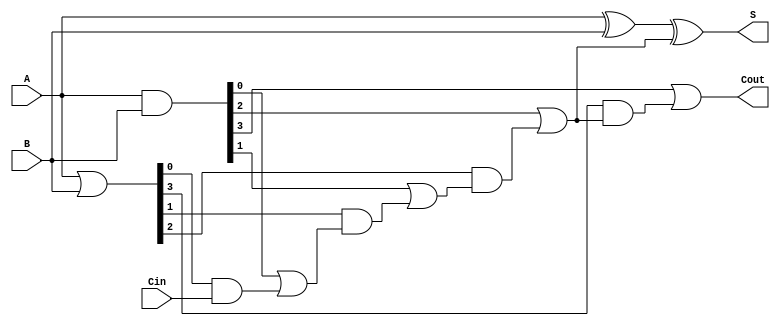
module CarryLookaheadAdder #(parameter n = 4) (
    input  [n-1:0] A,      // First n-bit input
    input  [n-1:0] B,      // Second n-bit input
    input         Cin,      // Carry-in
    output [n-1:0] S,       // n-bit sum output
    output        Cout      // Carry-out
);

    // Generate and Propagate signals
    wire [n-1:0] G; // Generate signals
    wire [n-1:0] P; // Propagate signals
    wire [n:0] C;   // Carry signals

    // Generate and Propagate logic
    assign G = A & B;           // Gi = Ai AND Bi
    assign P = A | B;           // Pi = Ai OR Bi

    // Carry generation
    assign C[0] = Cin;          // C0 = Cin
    
    genvar i;
    generate
        for (i = 0; i < n; i = i + 1) begin : carry_logic
            if (i == 0) begin
                assign C[i + 1] = G[i] | (P[i] & C[i]); // C1 = G0 OR (P0 AND C0)
            end else begin
                assign C[i + 1] = G[i] | (P[i] & C[i]); // Ci = Gi-1 OR (Pi-1 AND Ci-1)
            end
        end
    endgenerate

    // Sum calculation
    assign S = A ^ B ^ C[n-1]; // Si = Ai XOR Bi XOR Ci

    // Carry-out
    assign Cout = C[n]; // Cout = Cn

endmodule